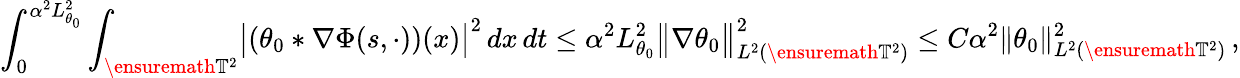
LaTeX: \int_{0}^{\alpha^{2}L_{\theta_{0}}^{2}}\int_{\ensuremath{\mathbb{T}}^{2}}\bigl|(\theta_{0}\ast\nabla\Phi(s,\cdot))(x)\bigr|^{2}\, dx\, dt\leq\alpha^{2}L_{\theta_{0}}^{2}\bigl\| \nabla\theta_{0}\bigr\| _{L^{2}(\ensuremath{\mathbb{T}}^{2})}^{2}\leq C\alpha^{2}\| \theta_{0}\| _{L^{2}(\ensuremath{\mathbb{T}}^{2})}^{2}\, ,